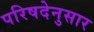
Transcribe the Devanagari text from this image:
परिषदेनुसार